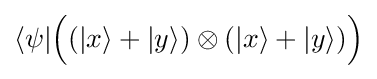
\langle \psi |{\Big (}(|x\rangle +|y\rangle )\otimes (|x\rangle +|y\rangle ){\Big )}